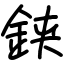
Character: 𨦇